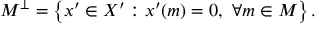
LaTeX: M ^ { \perp } = \left\{ x ^ { \prime } \in X ^ { \prime } : x ^ { \prime } ( m ) = 0 , \ \forall m \in M \right\} .